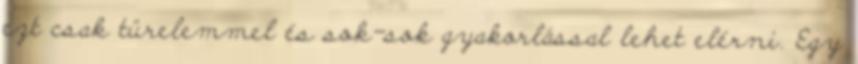
ezt csak türelemmel és sok-sok gyakorlással lehet elérni. Egy